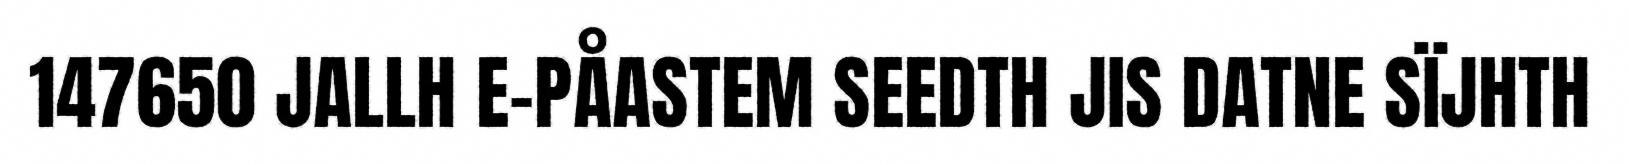
147650 JALLH E-PÅASTEM SEEDTH JIS DATNE SÏJHTH